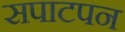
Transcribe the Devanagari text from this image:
सपाटपन